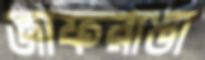
জাফরাঙা